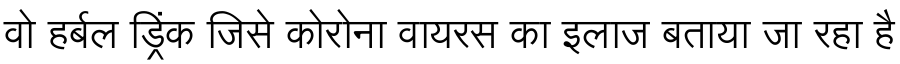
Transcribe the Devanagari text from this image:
वो हर्बल ड्रिंक जिसे कोरोना वायरस का इलाज बताया जा रहा है